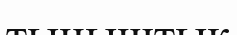
тыныштык